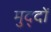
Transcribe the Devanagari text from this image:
मुद्‍दों